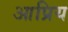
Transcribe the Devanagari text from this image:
आप्रिय